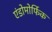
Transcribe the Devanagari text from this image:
एंडोमोर्फिक